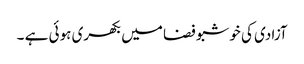
آزادی کی خوشبو فضا میں بکھری ہوئی ہے ۔